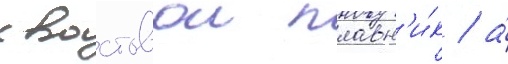
хвостовои плавн'и́к / а́